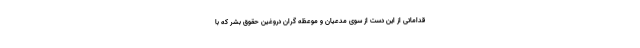
قداماتی از این دست از سوی مدعیان و موعظه گران دروغین حقوق بشر که با